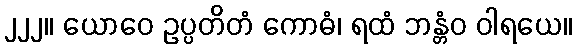
၂၂၂။ ယောဝေ ဥပ္ပတိတံ ကောဓံ၊ ရထံ ဘန္တံဝ ဝါရယေ။